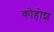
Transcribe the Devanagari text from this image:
कोहोश